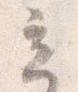
立